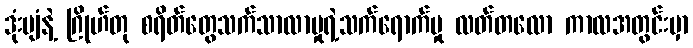
ဒုံးပျံနဲ့ ဂြိုဟ်တု စရိတ်တွေသက်သာလာမှုရဲ့သက်ရောက်မှု လတ်တလော ကာလအတွင်းမှာ